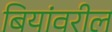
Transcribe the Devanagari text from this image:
बियांवरील